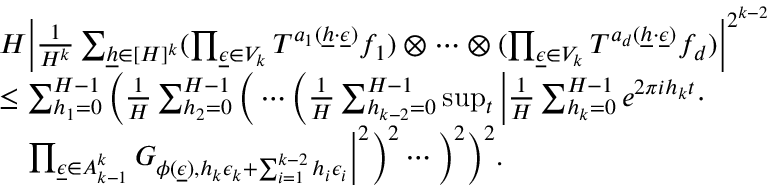
\begin{array} { r l } & { H \Big | \frac { 1 } { H ^ { k } } \sum _ { \underline { { h } } \in [ H ] ^ { k } } ( \prod _ { \underline { { \epsilon } } \in V _ { k } } T ^ { a _ { 1 } ( \underline { { h } } \cdot \underline { { \epsilon } } ) } f _ { 1 } ) \otimes \cdots \otimes ( \prod _ { \underline { { \epsilon } } \in V _ { k } } T ^ { a _ { d } ( \underline { { h } } \cdot \underline { { \epsilon } } ) } f _ { d } ) \Big | ^ { 2 ^ { k - 2 } } } \\ & { \le \sum _ { h _ { 1 } = 0 } ^ { H - 1 } \Big ( \frac { 1 } { H } \sum _ { h _ { 2 } = 0 } ^ { H - 1 } \Big ( \cdots \Big ( \frac { 1 } { H } \sum _ { h _ { k - 2 } = 0 } ^ { H - 1 } \operatorname* { s u p } _ { t } \Big | \frac { 1 } { H } \sum _ { h _ { k } = 0 } ^ { H - 1 } e ^ { 2 \pi i h _ { k } t } \cdot } \\ & { \ \ \ \prod _ { \underline { { \epsilon } } \in A _ { k - 1 } ^ { k } } G _ { \phi ( \underline { { \epsilon } } ) , h _ { k } \epsilon _ { k } + \sum _ { i = 1 } ^ { k - 2 } h _ { i } \epsilon _ { i } } \Big | ^ { 2 } \Big ) ^ { 2 } \cdots \Big ) ^ { 2 } \Big ) ^ { 2 } . } \end{array}